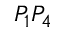
P _ { 1 } P _ { 4 }